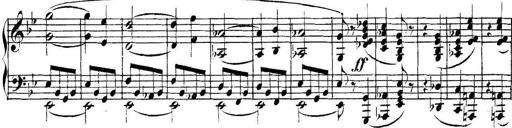
Title: Collected Piano Sonatas
Composer: Muzio Clementi